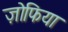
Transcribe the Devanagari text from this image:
ज़ोफिया